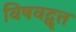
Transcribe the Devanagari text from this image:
विषवद्वृत्त